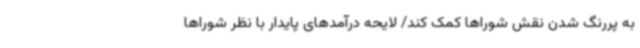
به پررنگ شدن نقش شوراها کمک کند/ لایحه درآمدهای پایدار با نظر شوراها